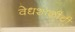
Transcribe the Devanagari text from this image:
वेधशाळीची